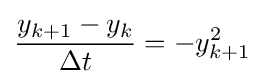
{\frac {y_{k+1}-y_{k}}{\Delta t}}=-y_{k+1}^{2}